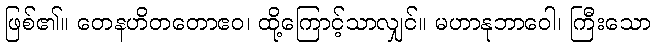
ဖြစ်၏။ တေနဟိတတောဧဝ၊ ထို့ကြောင့်သာလျှင်။ မဟာနုဘာဝေါ၊ ကြီးသော